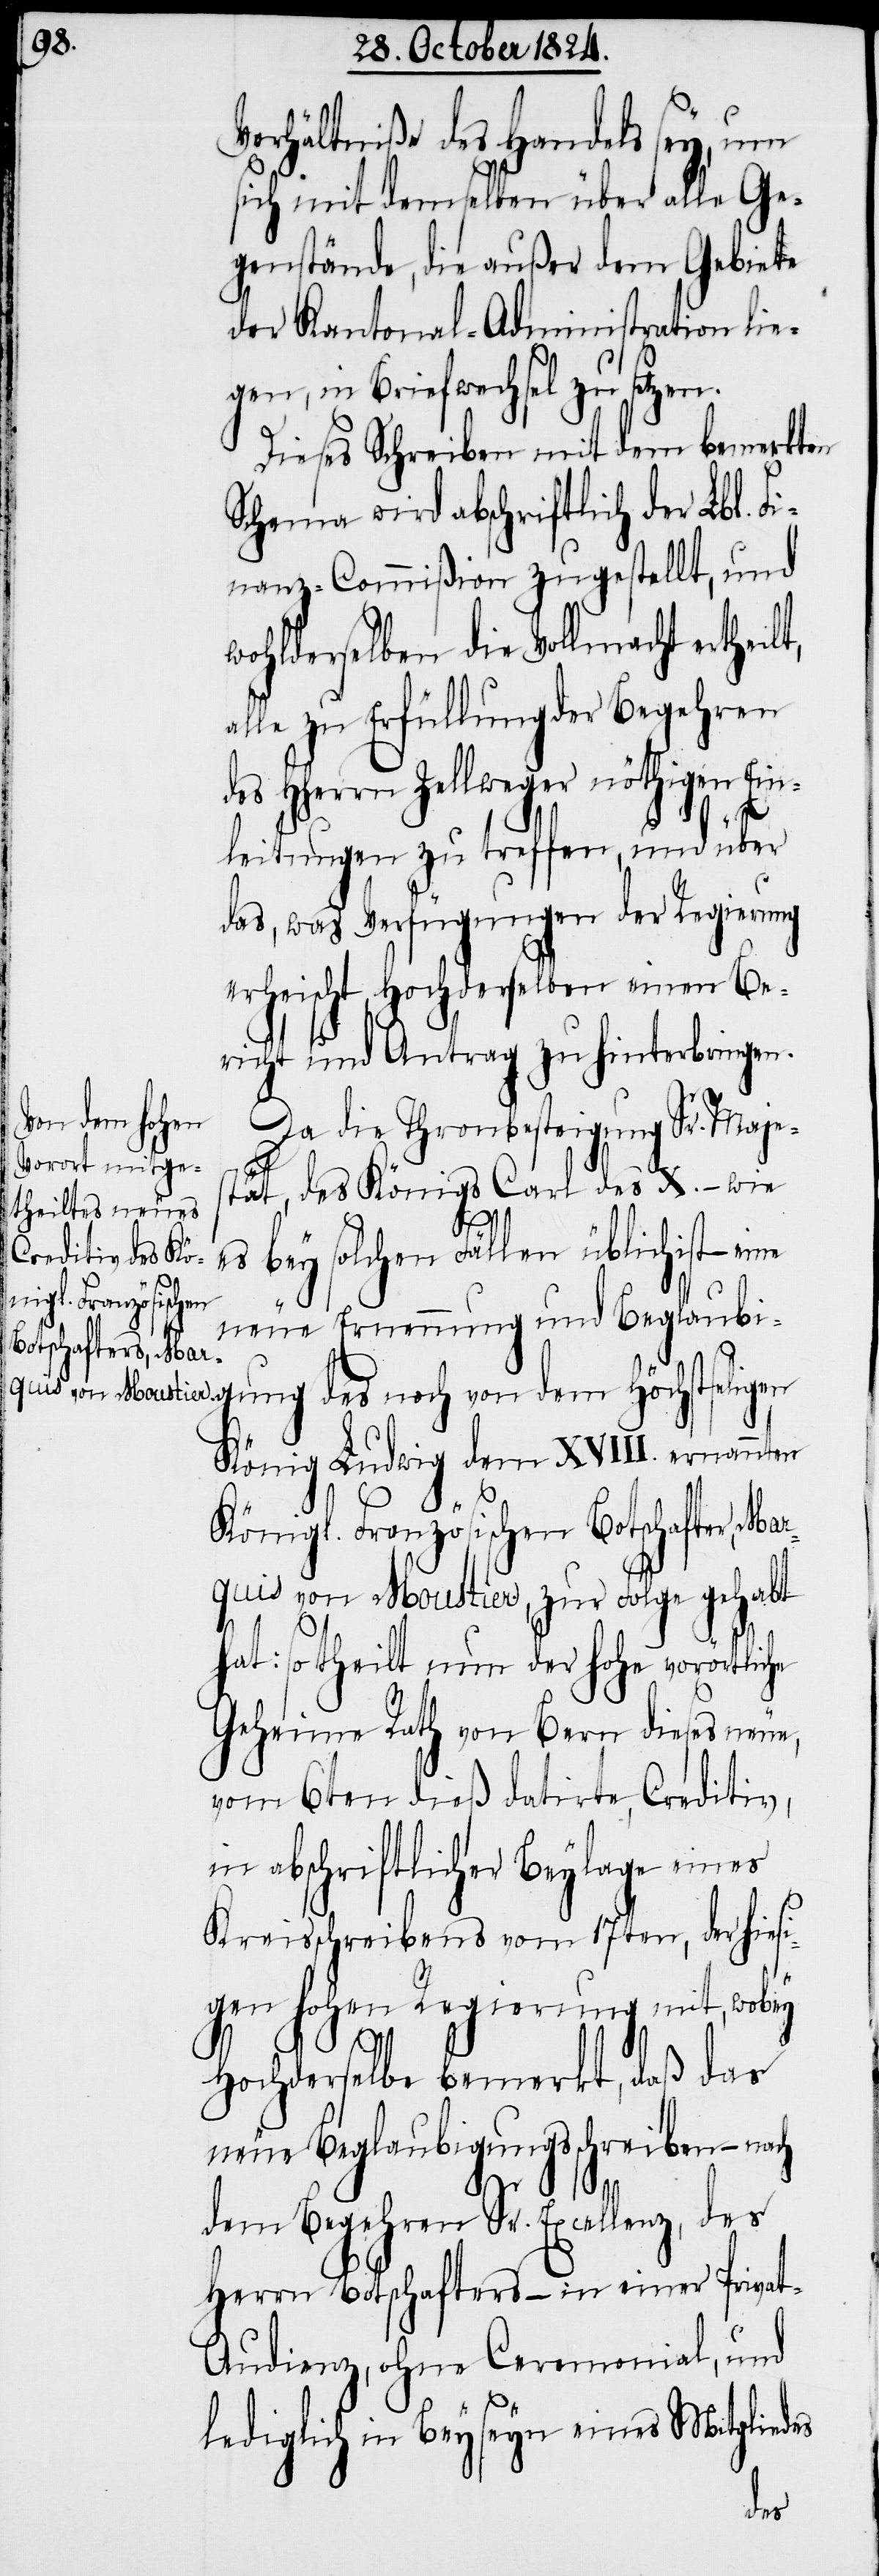
erhältniße des Handels sey, um
sich mit demselben über alle Ge¬
genstände, die außer dem Gebiete
der Kantonal-Administration lie¬
gen, in Briefwechsel zu setzen.
Dieses Schreiben mit dem bemerkten
Schema wird abschriftlich der Lbl. F¬
inanz-Commißion zugestellt, und
wohlderselben die Vollmacht ertheil¬
alle zu Erfüllung der Begehren
des HHerrn Zellweger nöthigen Ein¬
leitungen zu treffen, und über
das, was Verfügungen der Regierung
erheischt, Hochderselben einen Be¬
richt und Antrag zu hinterbringen.
Da die Thronbesteigung Sr. Maje¬
V¬
stät, des Königs Carl des X. – wie
t,
es bey solchen Fällen üblich ist – eine
neue Ernennung und Beglaub¬
igung des noch von dem Höchstseligen
König Ludwig dem XVIII. ernannten
Königl. Französischen Botschafter, Mar¬
quis von Moustier, zur Folge gehabt
hat: so theilt nun der hohe vorörtliche
Geheime Rath von Bern dieses neue,
vom 6ten dieß datirte Creditiv,
in abschriftlicher Beylage eines
Kreisschreibens vom 17ten, der hies¬
igen hohen Regierung mit, wobey
Hochderselbe bemerkt, daß das
neue Beglaubigungsschreiben – nach
dem Begehren Sr. Excellenz, des
Herrn Botschafters – in einer Priva¬
t-Audienz, ohne Ceremonial, und
lediglich in Beyseyn eines Mitgliedes